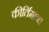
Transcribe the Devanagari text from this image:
कीर्तिमान।